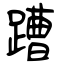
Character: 蹧